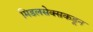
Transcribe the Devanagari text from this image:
मिडलसेक्सकडून